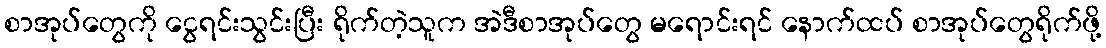
စာအုပ်တွေကို ငွေရင်းသွင်းပြီး ရိုက်တဲ့သူက အဲဒီစာအုပ်တွေ မရောင်းရင် နောက်ထပ် စာအုပ်တွေရိုက်ဖို့